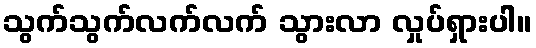
သွက်သွက်လက်လက် သွားလာ လှုပ်ရှားပါ။